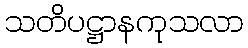
သတိပဋ္ဌာနကုသလာ